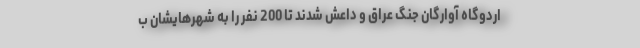
اردوگاه آوارگان جنگ عراق و داعش شدند تا 200 نفر را به شهرهایشان ب